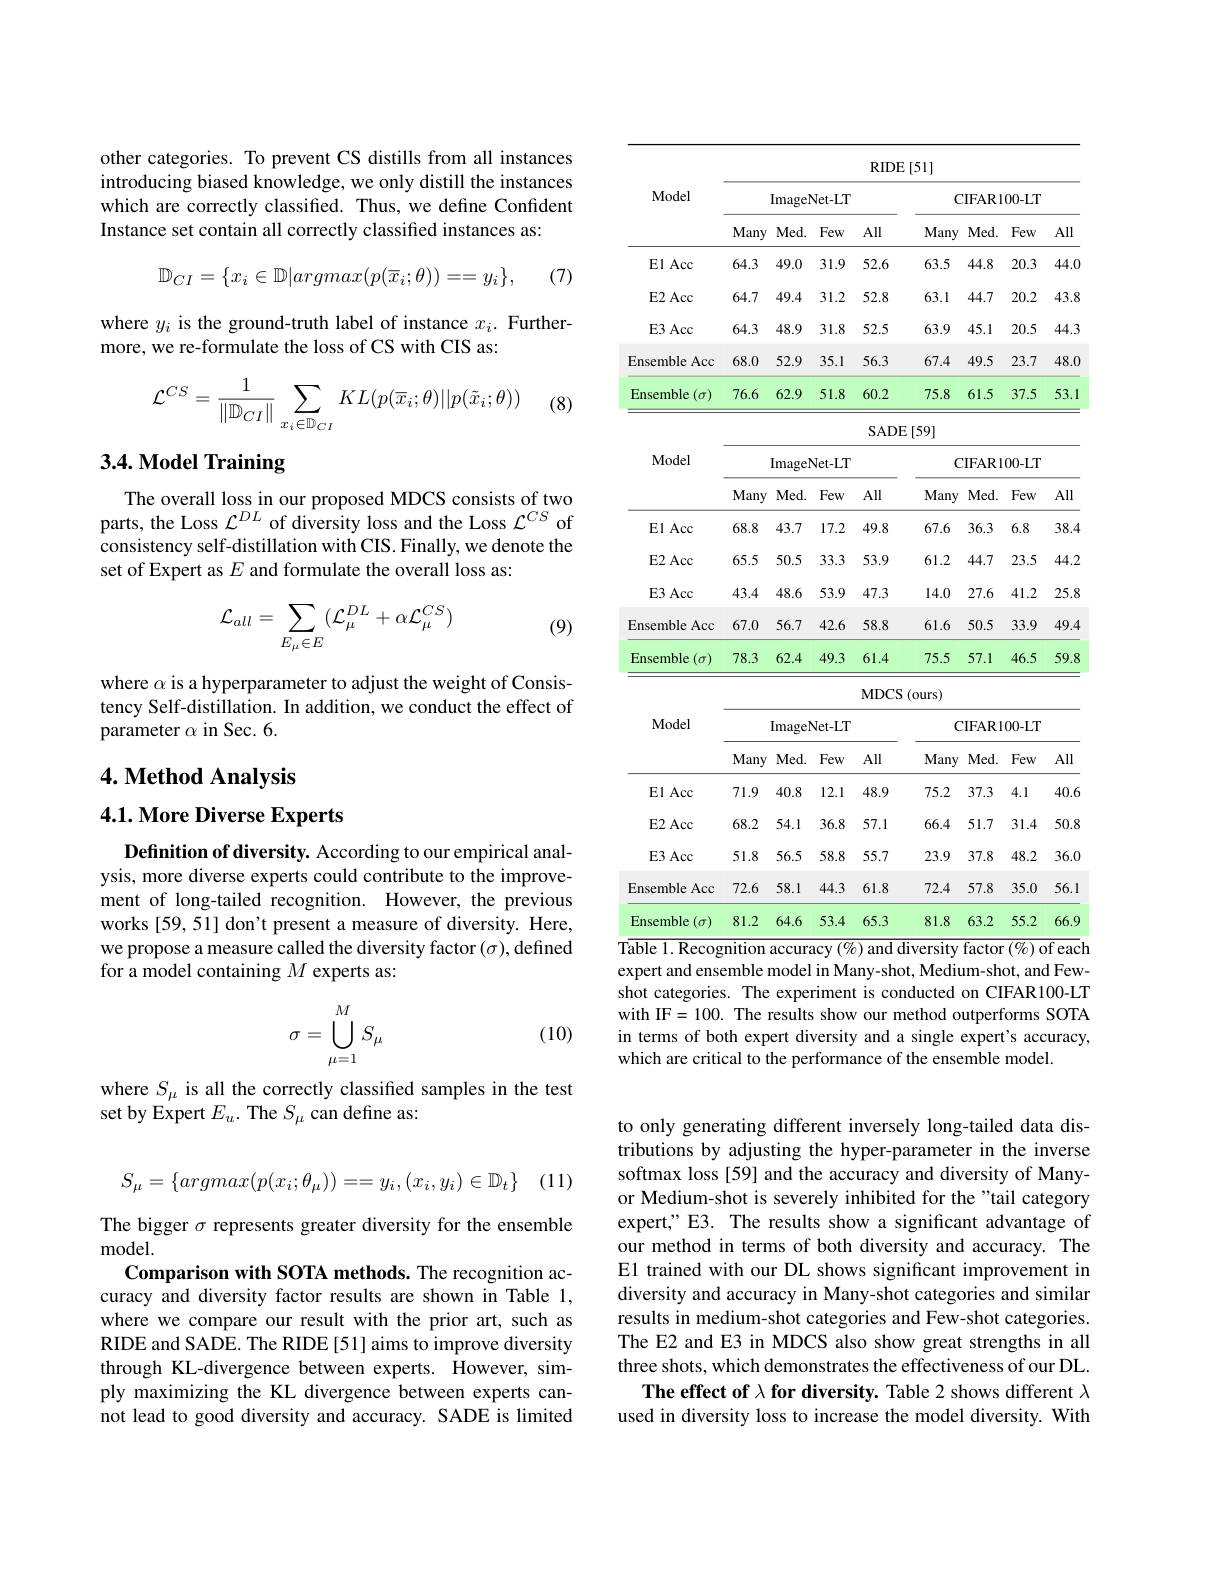
other categories. To prevent CS distills from all instances introducing biased knowledge, we only distill the instances which are correctly classified. Thus, we define Confident Instance set contain all correctly classified instances as:
$$\mathbb{D}_{CI}=\{x_i\in\mathbb{D}|argmax(p(\overline{x}_i;\theta))==y_i\},$$
(7)

where $y_i$ is the ground-truth label of instance $x_i.$ Further-
more, we re-formulate the loss of CS with CIS as:

(8)
$$\mathcal{L}^{CS}=\frac{1}{\|\mathbb{D}_{CI}\|}\sum_{x_i\in\mathbb{D}_{CI}}KL(p(\overline{x}_i;\theta)||p(\tilde{x}_i;\theta))$$
# 3.4. Model Training

The overall loss in our proposed MDCS consists of two parts, the Loss $\mathcal{L}^DL$ of diversity loss and the Loss $\mathcal{L}^CS$ of consistency self-distillation with CIS. Finally, we denote the set of Expert as $E$ and formulate the overall loss as:
$$\mathcal{L}_{all}=\sum_{E_{\mu}\in E}(\mathcal{L}_{\mu}^{DL}+\alpha\mathcal{L}_{\mu}^{CS})$$
(9)

where $\alpha$ is a hyperparameter to adjust the weight of Consistency Self-distillation. In addition, we conduct the effect of parameter $\alpha$ in Sec. 6.

# 4. Method Analysis

4.1. More Diverse Experts

Definition of diversity. According to our empirical analysis, more diverse experts could contribute to the improvement of long-tailed recognition. However, the previous works [59, 51] don't present a measure of diversity. Here, we propose a measure called the diversity factor $(\sigma)$,defined for a model containing $M$ experts as:
$$\sigma=\bigcup_{\mu=1}^MS_\mu $$
(10)

where $S_{\mu}$ is all the correctly classified samples in the test
set by Expert $E_u.$ The $S_\mu$ can define as

(11)
$$S_\mu=\{argmax(p(x_i;\theta_\mu))==y_i,(x_i,y_i)\in\mathbb{D}_t\}$$
The bigger $\sigma$ represents greater diversity for the ensemble
model.
Comparison with SOTA methods. The recognition accuracy and diversity factor results are shown in Table 1, where we compare our result with the prior art, such as RIDE and SADE. The RIDE [51] aims to improve diversity through KL-divergence between experts. However, simply maximizing the KL divergence between experts cannot lead to good diversity and accuracy. SADE is limited

<table>
	<tbody>
		<tr>
			<th rowspan="3">Model</th>
			<th colspan="8">$\operatorname{RIDE}\left[51\right]$</th>
		</tr>
		<tr>
			<th colspan="4">ImageNet- LT</th>
			<th colspan="4">CIFAR100-LT</th>
		</tr>
		<tr>
			<th>Many</th>
			<th>Med. </th>
			<th>Few</th>
			<th>All</th>
			<th>Many</th>
			<th>Med. </th>
			<th>Few</th>
			<th>All</th>
		</tr>
		<tr>
			<td>E1 Acc</td>
			<td>64.3</td>
			<td>49.0</td>
			<td>31.9</td>
			<td>52.6</td>
			<td>63.5</td>
			<td>44.8</td>
			<td>20.3</td>
			<td>44.0</td>
		</tr>
		<tr>
			<td>$\mathbf{E2}$Acc</td>
			<td>64.7</td>
			<td>49.4</td>
			<td>31.2</td>
			<td>52.8</td>
			<td>63.1</td>
			<td>44.7</td>
			<td>20.2</td>
			<td>43.8</td>
		</tr>
		<tr>
			<td>$\mathbf{E}3$ Acc</td>
			<td>64.3</td>
			<td>48.9</td>
			<td>31.8</td>
			<td>52.5</td>
			<td>63.9</td>
			<td>45.1</td>
			<td>20.5</td>
			<td>44.3</td>
		</tr>
		<tr>
			<td>Ensemble Acc</td>
			<td>68.0</td>
			<td>52.9</td>
			<td>35.1</td>
			<td>56.3</td>
			<td>67.4</td>
			<td>49.5</td>
			<td>23.7</td>
			<td>48.0</td>
		</tr>
		<tr>
			<td>Ensemble $(\sigma)$</td>
			<td>76.6</td>
			<td>62.9</td>
			<td>51.8</td>
			<td>60.2</td>
			<td>75.8</td>
			<td>61.5</td>
			<td>37.5</td>
			<td>53.1</td>
		</tr>
	</tbody>
</table>

SADE[59]
<table>
	<tbody>
		<tr>
			<th rowspan="2">Model</th>
			<th colspan="4">ImageNet- LT</th>
			<th colspan="4">${\mathrm{CIFAR100-LT}}$</th>
		</tr>
		<tr>
			<th>Many</th>
			<th>$Med.$</th>
			<th>Few</th>
			<th>All</th>
			<th>Many</th>
			<th>Med. </th>
			<th>Few</th>
			<th>All</th>
		</tr>
		<tr>
			<td>E1 Acc</td>
			<td>68.8</td>
			<td>43.7</td>
			<td>17.2</td>
			<td>49.8</td>
			<td>67.6</td>
			<td>36.3</td>
			<td>6.8</td>
			<td>38.4</td>
		</tr>
		<tr>
			<td>$\mathbf{E2}$Acc</td>
			<td>65.5</td>
			<td>50.5</td>
			<td>33.3</td>
			<td>53.9</td>
			<td>61.2</td>
			<td>44.7</td>
			<td>23.5</td>
			<td>44.2</td>
		</tr>
		<tr>
			<td>$\mathbf{E}3$ Acc</td>
			<td>43.4</td>
			<td>48.6</td>
			<td>53.9</td>
			<td>47.3</td>
			<td>14.0</td>
			<td>27.6</td>
			<td>41.2</td>
			<td>25.8</td>
		</tr>
		<tr>
			<td>Ensemble Acc</td>
			<td>67.0</td>
			<td>56.7</td>
			<td>42.6</td>
			<td>58.8</td>
			<td>61.6</td>
			<td>50.5</td>
			<td>33.9</td>
			<td>49.4</td>
		</tr>
		<tr>
			<td>Ensemble $(\sigma)$</td>
			<td>78.3</td>
			<td>62.4</td>
			<td>49.3</td>
			<td>61.4</td>
			<td>75.5</td>
			<td>57.1</td>
			<td>46.5</td>
			<td>59.8</td>
		</tr>
	</tbody>
</table>

MDCS (ours)

<table>
	<tbody>
		<tr>
			<th rowspan="2">Model</th>
			<th colspan="4">ImageNet-LT</th>
			<th colspan="4">CIFAR100-LT</th>
		</tr>
		<tr>
			<th>Many</th>
			<th>$Med.$</th>
			<th>Few</th>
			<th>All</th>
			<th>Many</th>
			<th>$Med.$</th>
			<th>Few</th>
			<th>All</th>
		</tr>
		<tr>
			<td>E1 Acc</td>
			<td>71.9</td>
			<td>40.8</td>
			<td>12.1</td>
			<td>48.9</td>
			<td>75.2</td>
			<td>37.3</td>
			<td>4.1</td>
			<td>40.6</td>
		</tr>
		<tr>
			<td>$\mathbf{E2}$Acc</td>
			<td>68.2</td>
			<td>54.1</td>
			<td>36.8</td>
			<td>57.1</td>
			<td>66.4</td>
			<td>51.7</td>
			<td>31.4</td>
			<td>50.8</td>
		</tr>
		<tr>
			<td>$\mathbf{E}3$ Acc</td>
			<td>51.8</td>
			<td>56.5</td>
			<td>58.8</td>
			<td>55.7</td>
			<td>23.9</td>
			<td>37.8</td>
			<td>48.2</td>
			<td>36.0</td>
		</tr>
		<tr>
			<td>Ensemble Acc</td>
			<td>72.6</td>
			<td>58.1</td>
			<td>44.3</td>
			<td>61.8</td>
			<td>72.4</td>
			<td>57.8</td>
			<td>35.0</td>
			<td>56.1</td>
		</tr>
		<tr>
			<td>Ensemble $(\sigma)$</td>
			<td>81.2</td>
			<td>64.6</td>
			<td>53.4</td>
			<td>65.3</td>
			<td>81.8</td>
			<td>63.2</td>
			<td>55.2</td>
			<td>66.9</td>
		</tr>
	</tbody>
</table>
Table 1. Recognition accuracy $(\%)$ and diversity factor $(\%)$ of each

expert and ensemble model in Many-shot, Medium-shot, and Fewshot categories. The experiment is conducted on CIFAR100-LT with IF=100. The results show our method outperforms SOTA in terms of both expert diversity and a single expert's accuracy, which are critical to the performance of the ensemble model.

to only generating different inversely long-tailed data distributions by adjusting the hyper-parameter in the inverse softmax loss [59] and the accuracy and diversity of Manyor Medium-shot is severely inhibited for the "tail category expert," E3. The results show a significant advantage of our method in terms of both diversity and accuracy. The E1 trained with our DL shows significant improvement in diversity and accuracy in Many-shot categories and similar results in medium-shot categories and Few-shot categories. The E2 and E3 in MDCS also show great strengths in all three shots, which demonstrates the effectiveness of our DL.
The effect of $\lambda$ for diversity. Table 2 shows different $\lambda$ used in diversity loss to increase the model diversity. With